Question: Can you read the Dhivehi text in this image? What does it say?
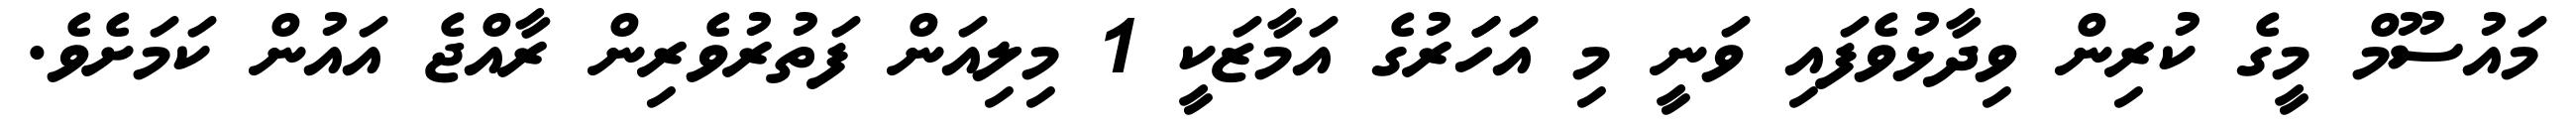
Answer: މައުސޫމް މީގެ ކުރިން ވިދާޅުވެފައި ވަނީ މި އަހަަރުގެ އަމާޒަކީ 1 މިލިއަން ފަތުރުވެރިން ރާއްޖެ އައުން ކަމަށެވެ.